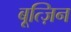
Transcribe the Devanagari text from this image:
बूत्ज़िन